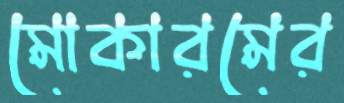
মোকারমের